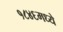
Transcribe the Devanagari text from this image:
१८४६मध्ये